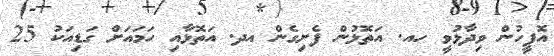
އޮފީހުން ވިދާޅުވީ ހއ. އަތޮޅުން ފެށިގެން އދ. އަތޮޅާއި ހަމައަށް ގަޑިއަކު 25